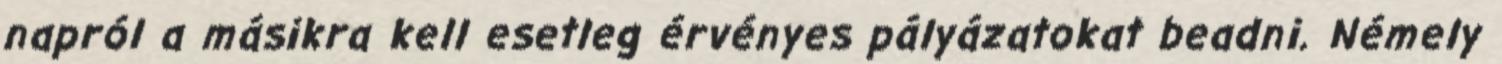
napról a másikra kell esetleg érvényes pályázatokat beadni. Némely